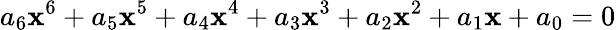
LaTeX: a_{6}\mathbf{x}^{6}+a_{5}\mathbf{x}^{5}+a_{4}\mathbf{x}^{4}+a_{3}\mathbf{x}^{3}+a_{2}\mathbf{x}^{2}+a_{1}\mathbf{x}+a_{0}=0